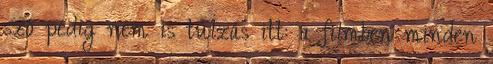
szó pedig nem is túlzás itt: a filmben minden